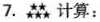
7。计算：